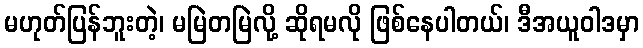
မဟုတ်ပြန်ဘူးတဲ့၊ မမြဲတမြဲလို့ ဆိုရမလို ဖြစ်နေပါတယ်၊ ဒီအယူဝါဒမှာ